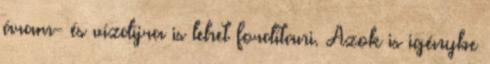
áram- és vízdíjra is lehet fordítani. Azok is igénybe